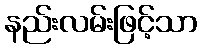
နည်းလမ်းဖြင့်သာ